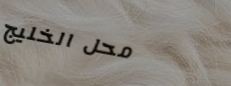
محل الخليج